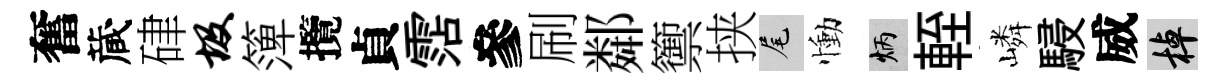
奮蔵硉圾𥱼攬貞霑參刷鄰籞挟尾慟炳輊嶙駸威棹